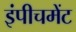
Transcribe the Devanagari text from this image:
इंपीचमेंट